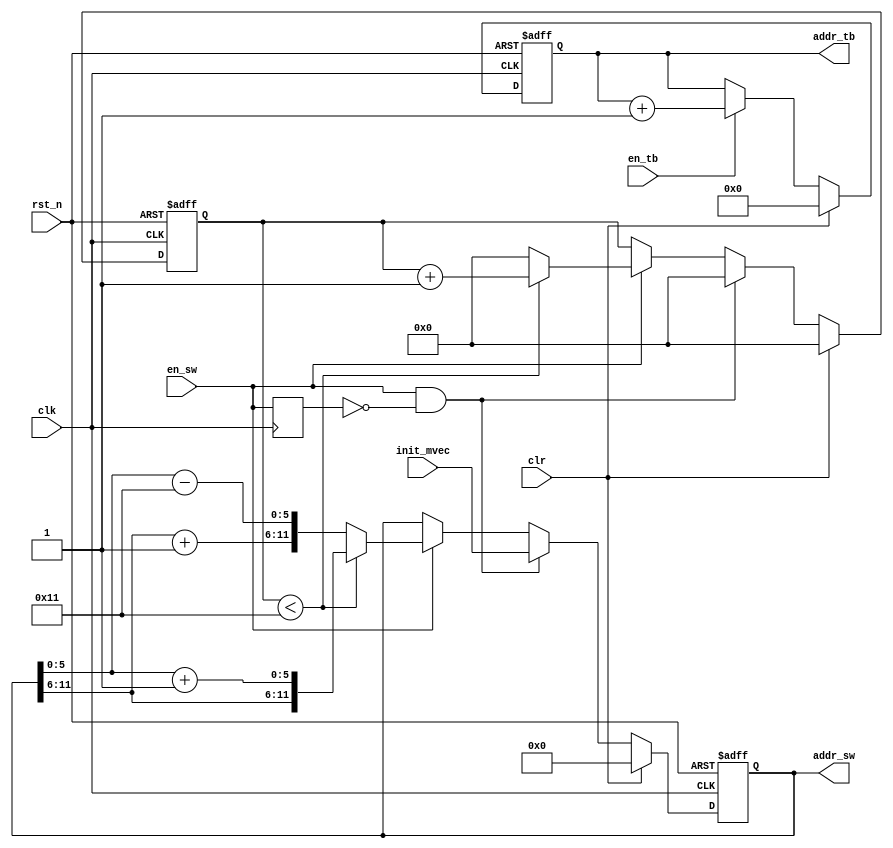
`default_nettype none

module addr_gen_integer
(
  input  wire        rst_n,
  input  wire        clk,
  input  wire        clr,
  input  wire        en_sw,
  input  wire        en_tb,
  input  wire [11:0] init_mvec, // {w, h}
  output reg  [11:0] addr_sw,
  output reg  [7:0]  addr_tb
);

reg       en_sw_pre;
reg [4:0] cnt_h;
reg [4:0] cnt_w;

always @(posedge clk or negedge rst_n) begin
  if(~rst_n) begin
    addr_sw <= 0;
    cnt_h   <= 0;
    cnt_w   <= 0;
  end else begin
    if(clr) begin
      addr_sw <= #1 0;
      cnt_h   <= #1 0;
      cnt_w   <= #1 0;
    end else if(en_sw && ~en_sw_pre) begin
      addr_sw <= #1 init_mvec;
      cnt_h   <= #1 0;
      cnt_w   <= #1 0;
    end else if(en_sw) begin
      if(cnt_h < 17) begin
        addr_sw <= #1 {addr_sw[11:6]     , addr_sw[5:0]+6'd1 };
        cnt_h   <= #1 cnt_h + 1;
      end else begin
        addr_sw <= #1 {addr_sw[11:6]+6'd1, addr_sw[5:0]-6'd17};
        cnt_h   <= #1 0;
        cnt_w   <= #1 cnt_w + 1;
      end
    end
  end
end

always @(posedge clk or negedge rst_n) begin
  if(~rst_n)     addr_tb <= 0;
  else if(clr)   addr_tb <= #1 0;
  else if(en_tb) addr_tb <= #1 addr_tb + 1;
end

always @(posedge clk)
  en_sw_pre <= #1 en_sw;

endmodule

`default_nettype wire